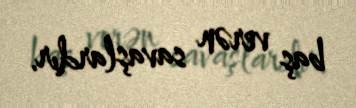
baş verən savaşlardır.